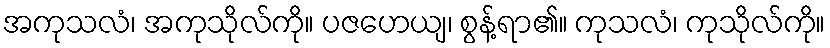
အကုသလံ၊ အကုသိုလ်ကို။ ပဇဟေယျ၊ စွန့်ရာ၏။ ကုသလံ၊ ကုသိုလ်ကို။